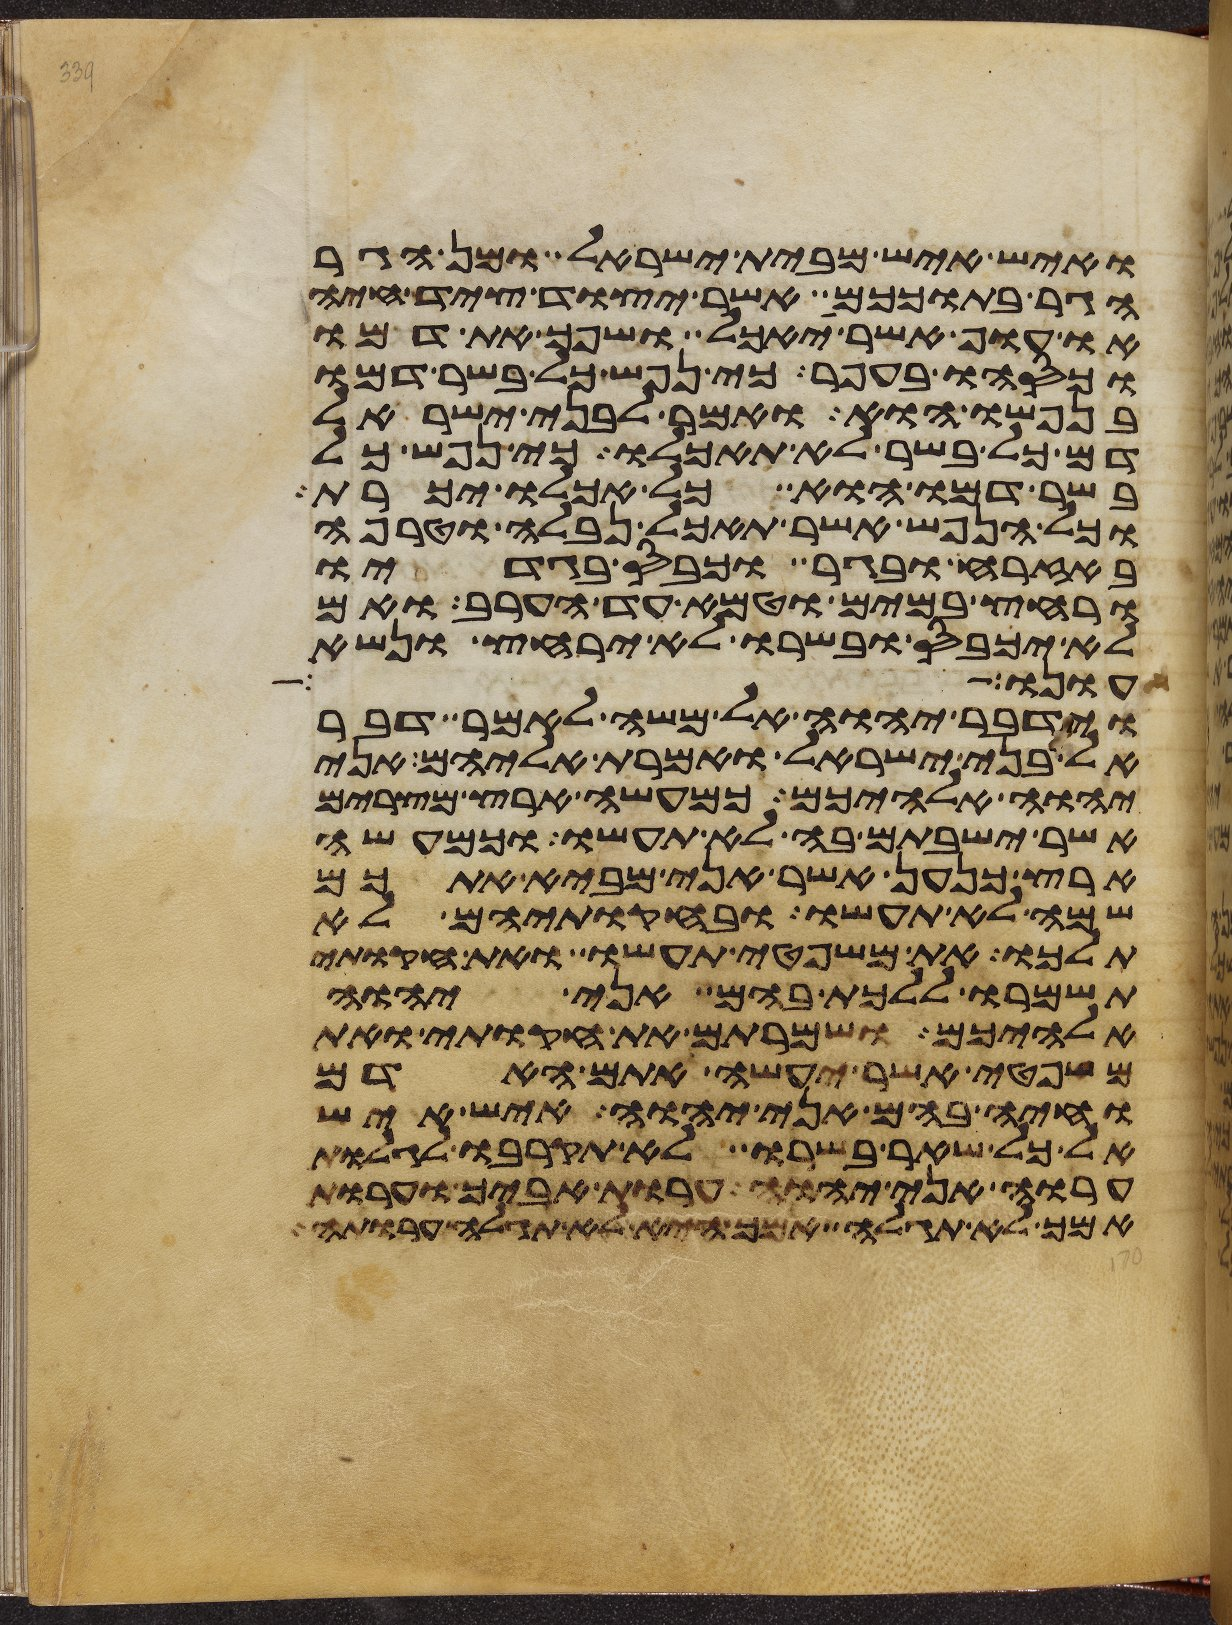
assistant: ואיש איש מבית ישראל ומן הגר
הגר בתוככם אשר יצוד ציד חיה
או עוף אשר יאכל ושפך את דמו
וכסהו בעפר כי נפש כל בשר דמו
בנפשו הוא ואמר לבני ישראל
דם כל בשר לא תאכלו כי נפש כל
בשר דמו הוא כל אכלו יכרת
וכל הנפש אשר תאכל נבלה וטרפה
באזרח ובגר וכבס בגדיו
ורחץ במים וטמא עד הערב ואם
לא יכבס ובשרו לא ירחץ ונשא
עונו
וידבר יהוה אל משה לאמר דבר
אל בני ישראל ואמרת אליהם אני
יהוה אלהיכם כמעשה ארץ מצרים
אשר ישבתם בה לא תעשו וכמעשה
ארץ כנען אשר אני מביא אתכם
שמה לא תעשו ובחקתיהם לא
תלכו את משפטי תעשו ואת חקותי
תשמרו ללכת בהם אני יהוה
אלהיכם ושמרתם את חקותי ואת
משפטי אשר יעשה אתם האדם
וחיה בהם אני יהוה איש איש
אל כל שאר בשרו לא תקרבו לגלות
ערוה אני יהוה ערות אביך וערות
אמך לא תגלה אמך היא לא תגלה ערותה